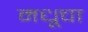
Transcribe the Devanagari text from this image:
मधूचा